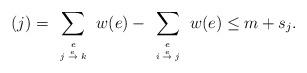
LaTeX: \begin{align*}(j) \stackrel{}{=} \sum_{ \tiny \begin{array}{c} e\\j \stackrel{e}{\to} k \end{array}} w(e) - \sum_{ \tiny \begin{array}{c} e\\i \stackrel{e}{\to} j \end{array}} w(e)\le m + s_j.\end{align*}